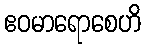
ဧဝမာရောစေဟိ